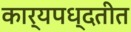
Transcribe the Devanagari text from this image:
कार्यपध्दतीत